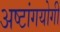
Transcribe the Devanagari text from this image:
अष्टांगयोगी